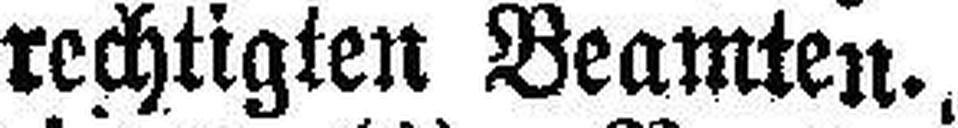
rechtigten Beamten.